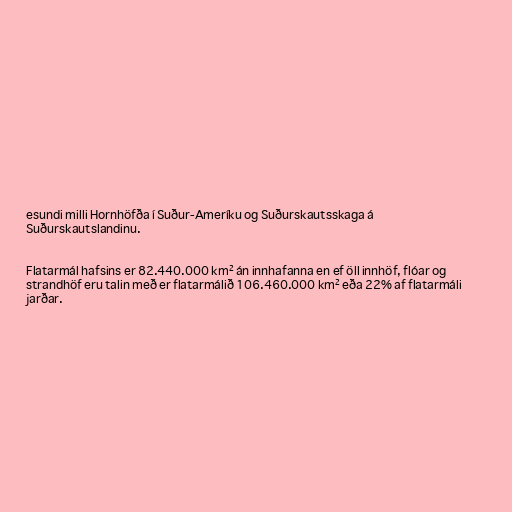
esundi milli Hornhöfða í Suður-Ameríku og Suðurskautsskaga á
Suðurskautslandinu.

Flatarmál hafsins er 82.440.000 km² án innhafanna en ef öll innhöf, flóar og
strandhöf eru talin með er flatarmálið 106.460.000 km² eða 22% af flatarmáli
jarðar.